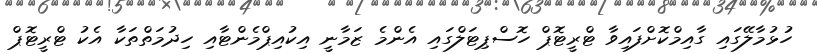
ހުޅުމާލޭގައި ގާއިމްކޮށްފައިވާ ޓްރީޓޮޕް ހޮސްޕިޓަލްގައި އެންމެ ޒަމާނީ އިކުއިޕްމެންޓާއި ހިދުމަތްތަކާ އެކު ޓްރީޓޮޕް